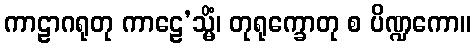
ကာဠာဂရုတု ကာဠေ’သ္မိံ၊ တုရုက္ခောတု စ ပိဏ္ဍကော။